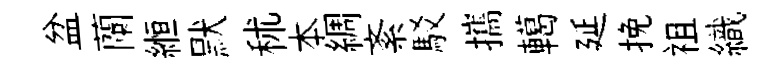
盆蘭縆默秫本綢紊駁攜轕延挽袓織